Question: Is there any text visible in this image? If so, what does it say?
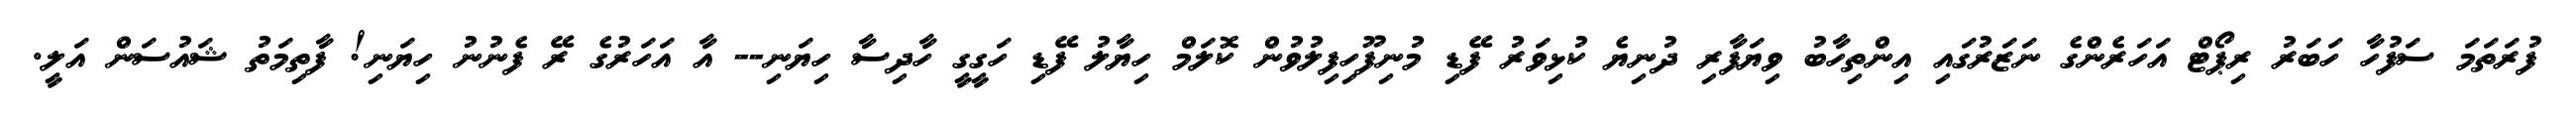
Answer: ފުރަތަމަ ސަފުހާ ހަބަރު ރިޕޯޓް އަހަރެންގެ ނަޒަރުގައި އިންތިހާބު ވިޔަފާރި ދުނިޔެ ކުޅިވަރު ފޭޑި މުނިފޫހިފިލުވުން ކޮލަމް ހިޔާލު ފޭޑި ހަގީގީ ހާދިސާ ހިޔަނި-- އާ އަހަރުގެ ރޭ ފެނުނު ހިޔަނި! ފާތިމަތު ޝައުސަން އަލީ.